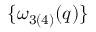
\{ \omega _ { 3 ( 4 ) } ( q ) \}